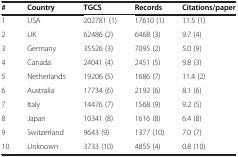
| # | Country | TGCS | Records | Citations/paper |
 | --- | --- | --- | --- | --- |
 | 1 | USA | 202781 (1) | 17610 (1) | 11.5 (1) |
 | 2 | UK | 62486 (2) | 6468 (3) | 9.7 (4) |
 | 3 | Germany | 35526 (3) | 7095 (2) | 5.0 (9) |
 | 4 | Canada | 24041 (4) | 2451 (5) | 9.8 (3) |
 | 5 | Netherlands | 19206 (5) | 1686 (7) | 11.4 (2) |
 | 6 | Australia | 17734 (6) | 2192 (6) | 8.1 (6) |
 | 7 | Italy | 14476 (7) | 1568 (9) | 9.2 (5) |
 | 8 | Japan | 10341 (8) | 1616 (8) | 6.4 (8) |
 | 9 | Switzerland | 9643 (9) | 1377 (10) | 7.0 (7) |
 | 10 | Unknown | 3733 (10) | 4855 (4) | 0.8 (10) |